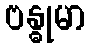
ဗန္ဓုမာ